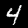
Label: 4